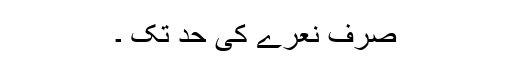
صرف نعرے کی حد تک ۔